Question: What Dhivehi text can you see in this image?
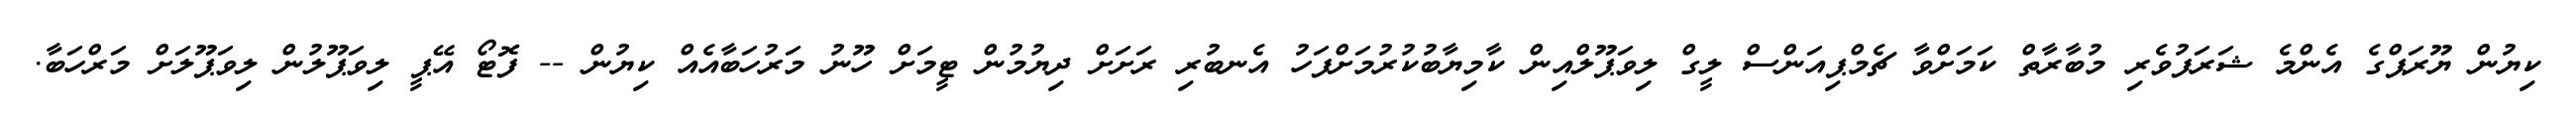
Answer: ކިޔުން ޔޫރަޕްގެ އެންމެ ޝަރަފުވެރި މުބާރާތް ކަމަށްވާ ޗެމްޕިއަންސް ލީގް ލިވަޕޫލްއިން ކާމިޔާބުކުރުމަށްފަހު އެނބުރި ރަށަށް ދިޔުމުން ޓީމަށް ހޫނު މަރުހަބާއެއް ކިޔުން -- ފޮޓޯ އޭޕީ ލިވަޕޫލުން ލިވަޕޫލަށް މަރްހަބާ.